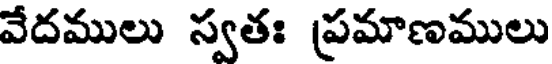
వేదములు స్వతః ప్రమాణములు